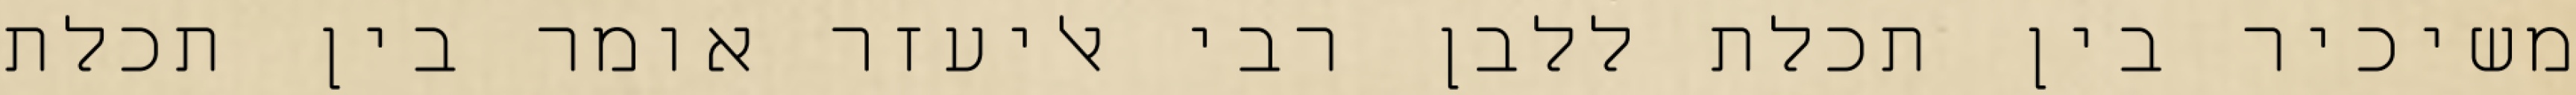
משיכיר בין תכלת ללבן רבי אליעזר אומר בין תכלת